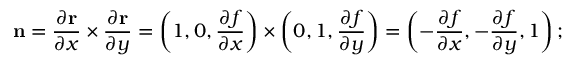
\mathbf { n } = { \frac { \partial \mathbf { r } } { \partial x } } \times { \frac { \partial \mathbf { r } } { \partial y } } = \left( 1 , 0 , { \frac { \partial f } { \partial x } } \right) \times \left( 0 , 1 , { \frac { \partial f } { \partial y } } \right) = \left( - { \frac { \partial f } { \partial x } } , - { \frac { \partial f } { \partial y } } , 1 \right) ;